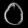
Digit: ၀